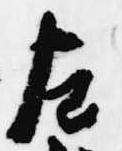
左